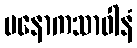
မနောကသာဝါနံ